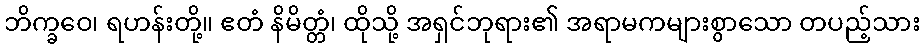
ဘိက္ခဝေ၊ ရဟန်းတို့။ ဧတံ နိမိတ္တံ၊ ထိုသို့ အရှင်ဘုရား၏ အရာမကများစွာသော တပည့်သား